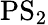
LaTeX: \mathrm{PS}_{2}